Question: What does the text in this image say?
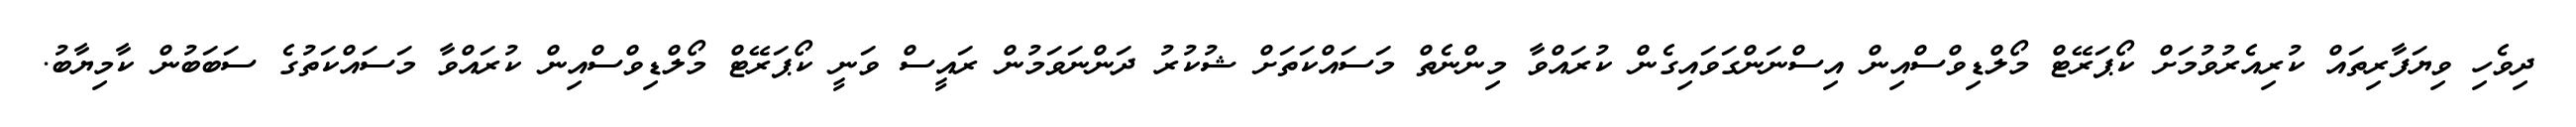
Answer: ދިވެހި ވިޔަފާރިތައް ކުރިއެރުވުމަށް ކޯޕަރޭޓް މޯލްޑިވްސްއިން އިސްނަންގަވައިގެން ކުރައްވާ މިންނެތް މަސައްކަތަށް ޝުކުރު ދަންނަވަމުން ރައީސް ވަނީ ކޯޕަރޭޓް މޯލްޑިވްސްއިން ކުރައްވާ މަސައްކަތުގެ ސަބަބުން ކާމިޔާބު.